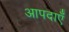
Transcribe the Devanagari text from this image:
आपदाएँ